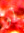
لو